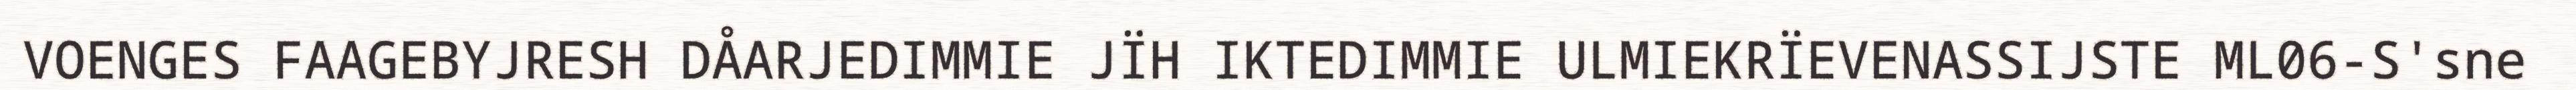
VOENGES FAAGEBYJRESH DÅARJEDIMMIE JÏH IKTEDIMMIE ULMIEKRÏEVENASSIJSTE ML06-S'sne